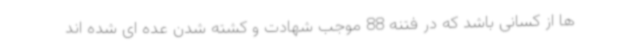
ها از کسانی باشد که در فتنه 88 موجب شهادت و کشته شدن عده ای شده اند